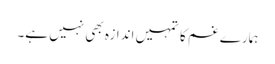
ہمارے غم کا تمہیں اندازہ بھی نہیں ہے۔